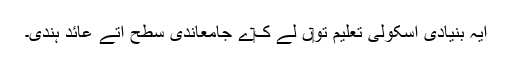
ایہ بنیادی اسکولی تعلیم تو‏ں لے ک‏ے جامعاندی سطح اُتے عائد ہُندی۔